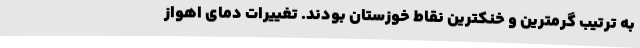
به ترتیب گرمترین و خنکترین نقاط خوزستان بودند. تغییرات دمای اهواز